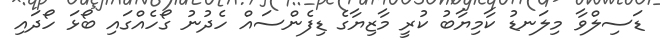
ޑަސިލްވާ މިލަނޑު ކާމިޔާބު ކުރީ މާޒިޔާގެ ޑިފެންސައް ހެދުނު ގޯހެއްގައި ބޯޅަ ހޯދައި